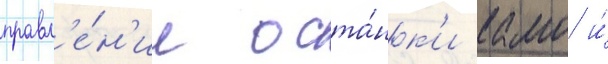
правл'е́н'ии оста́нк'и камо и́